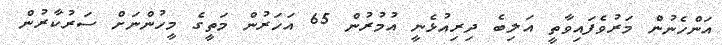
އަންހެނުން މަރުވެފައިވާތީ އަލިބެ ދިރިއުޅެނީ އުމުރުން 65 އަހަރުން މަތީގެ މީހުންނަށް ސަރުކާރުން